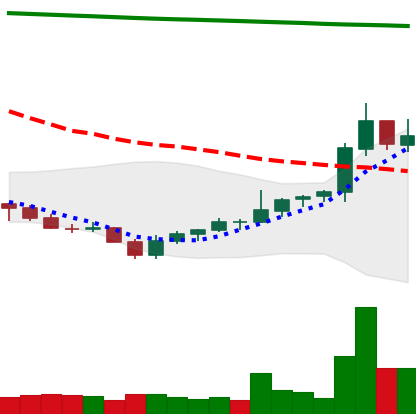
Ticker: NEO-USD
Chart end date: 2021-08-02
Forward return: 7.75%
Label: up_7plus